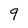
Character: 9